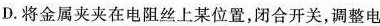
D.将金属夹夹在电阻丝上某位置，闭合开关，调整电